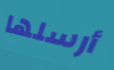
أرسلها